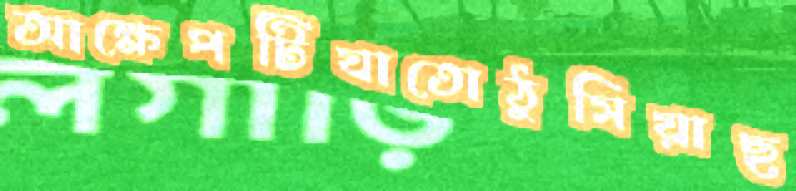
আক্ষেপটিযাতোঠুসিয়াছ